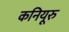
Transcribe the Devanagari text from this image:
कनियूरु